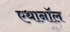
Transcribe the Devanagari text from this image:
एथानॉल